Lunatic asylums Punjab 1881-1894 - 1881-1894
Year: 1881
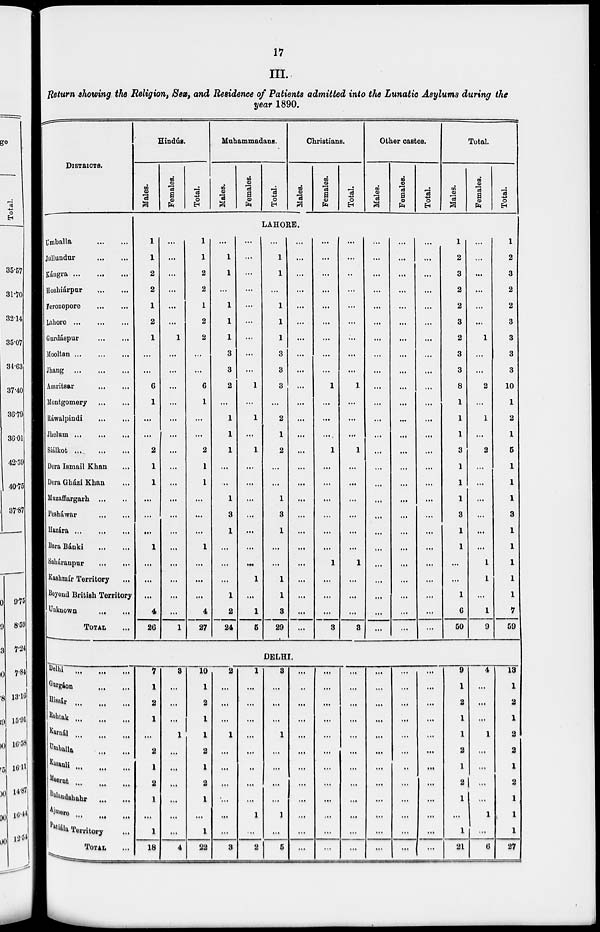
17
III.
Return showing the Religion, Sex, and Residence of Patients admitted into the Lunatic Asylums during the
year 1890.
DISTRICTS.
Umballa ... ...
Jullundur ... ...
Kángra
...
...
...
Hoshiárpur
...
...
Ferozepore ... ... ...
Lahore
...
...
...
Gurdáspur
...
...
Mooltan
...
...
...
Jhang
...
...
...
Amritsar
...
...
Montgomery
Ráwalpindi
Jhelum
...
...
...
Siálkot...
...
...
Dera Ismail Khan ...
Dera Gházi Khan ...
Muzaffargarh ... ...
Pesháwar
... ...
Hazára
Bara Bánki
...
...
Saháranpur
...
...
Kashmír Territory
Beyond British Territory
Unknown
...
...
TOTAL ...
Hindus.
Males.
Females.
Total.
Muhammadans.
Males.
Females.
Total.
Christians.
Males.
Females.
Total.
Other castes.
Males.
Females.
Total.
Total.
Males.
Females.
Total.
LAHORE.
1
1
2
2
1
2
1
...
...
6
1
...
...
2
1
1
...
...
...
1
...
...
...
4
26
...
...
...
...
...
...
1
...
...
...
...
...
...
...
...
...
...
...
...
...
...
...
...
...
1
1
1
2
2
1
2
2
...
...
6
1
...
...
2
1
1
...
...
...
1
...
...
...
4
27
...
1
1
...
1
1
1
3
3
2
...
1
1
1
...
...
1
3
1
...
...
...
1
2
24
...
...
...
...
...
...
...
...
...
1
...
1
...
1
...
...
...
...
...
...
...
1
...
1
5
...
1
1
...
1
1
1
3
3
3
...
2
1
2
...
...
1
3
1
...
...
1
1
3
29
...
...
...
...
...
...
...
...
...
...
...
...
...
...
...
...
...
...
...
...
...
...
...
...
...
...
...
...
...
...
...
...
...
...
1
...
...
...
1
...
...
...
...
...
...
1
...
...
...
3
...
...
...
...
...
...
...
...
...
1
...
...
...
1
...
...
...
...
...
...
1
...
...
...
3
...
...
...
...
...
...
...
...
...
...
...
...
...
...
...
...
...
...
...
...
...
...
...
...
...
...
...
...
...
...
...
...
...
...
...
...
...
...
...
...
...
...
...
...
...
...
...
...
...
...
...
...
...
...
...
...
...
...
...
...
...
...
...
...
...
...
...
...
...
...
...
...
...
...
...
1
2
3
2
2
3
2
3
3
8
1
1
1
3
1
1
1
3
1
1
...
...
1
6
50
...
...
...
...
...
...
1
...
...
2
...
1
...
2
...
...
...
...
...
...
1
1
...
1
9
1
2
3
2
2
3
3
3
3
10
1
2
1
5
1
1
1
3
1
1
1
1
1
7
59
DELHI.
Delhi
...
...
...
Gurgáon ... ...
Hissár ... ...
...
Rohtak ... ... ...
Karnál
...
...
...
Umballa ... ...
Kasauli ... ... ...
Meerut ... ... ... ...
Bulandshahr
...
...
Ajmere ... ... ...
Patiála Territory ...
TOTAL ...
7
1
2
1
...
2
1
2
1
...
1
18
8
...
...
...
1
...
...
...
...
...
...
4
10
1
2
1
1
2
1
2
1
...
1
22
2
...
...
...
1
...
...
...
...
...
...
3
1
...
...
...
...
...
...
...
...
1
...
2
3
...
...
...
1
...
...
...
...
1
...
5
...
...
...
...
...
...
...
...
...
...
...
...
...
...
...
...
...
...
...
...
...
...
...
...
...
...
...
...
...
...
...
...
...
...
...
...
...
...
...
...
...
...
...
...
...
...
...
...
...
...
...
...
...
...
...
...
...
...
...
...
...
...
...
...
...
...
...
...
...
...
...
...
9
1
2
1
1
2
1
2
1
...
1
21
4
...
...
...
1
...
...
...
...
1
...
6
13
1
2
1
2
2
1
2
1
1
1
27